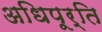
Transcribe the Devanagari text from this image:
अधिपूर्ति